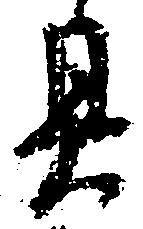
具